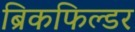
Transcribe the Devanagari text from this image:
ब्रिकफिल्डर